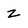
Character: z